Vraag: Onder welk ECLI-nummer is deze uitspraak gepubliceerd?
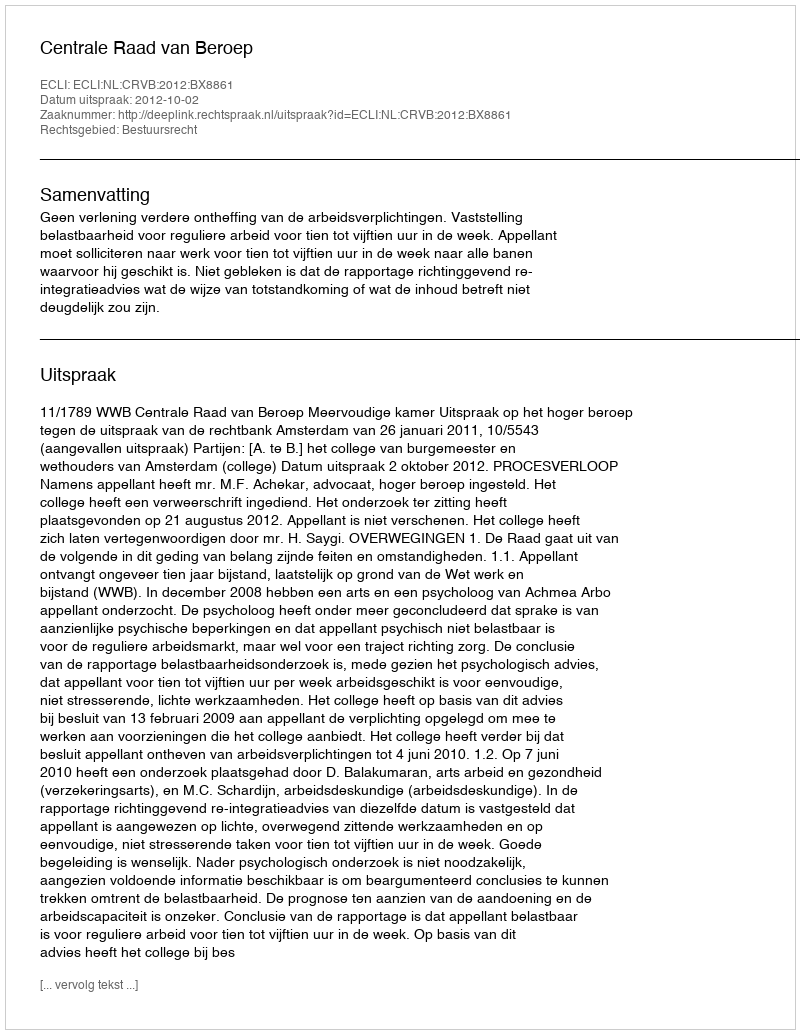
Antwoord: ECLI:NL:CRVB:2012:BX8861